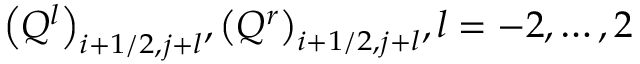
{ { \left( { { Q } ^ { l } } \right) } _ { i + 1 / 2 , j + l } } , { { \left( { { Q } ^ { r } } \right) } _ { i + 1 / 2 , j + l } } , l = - 2 , \ldots , 2